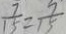
\frac { 7 } { 1 5 } = \frac { 7 } { 1 5 }